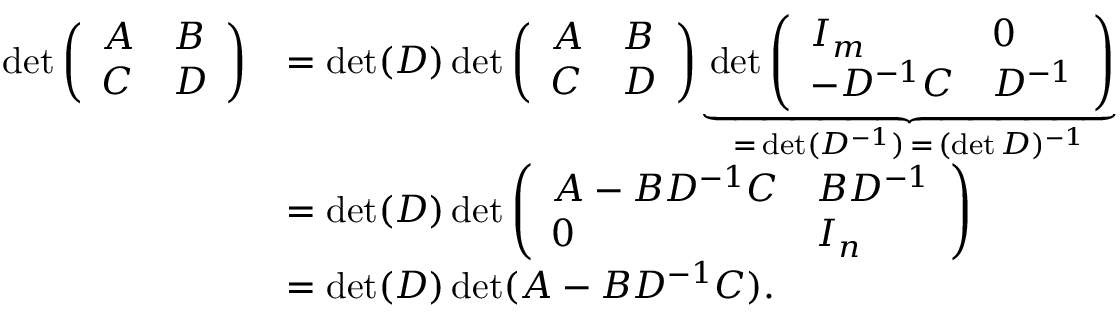
{ \begin{array} { r l } { \operatorname* { d e t } { \left( \begin{array} { l l } { A } & { B } \\ { C } & { D } \end{array} \right) } } & { = \operatorname* { d e t } ( D ) \operatorname* { d e t } { \left( \begin{array} { l l } { A } & { B } \\ { C } & { D } \end{array} \right) } \underbrace { \operatorname* { d e t } { \left( \begin{array} { l l } { I _ { m } } & { 0 } \\ { - D ^ { - 1 } C } & { D ^ { - 1 } } \end{array} \right) } } _ { = \, \operatorname* { d e t } ( D ^ { - 1 } ) \, = \, ( \operatorname* { d e t } D ) ^ { - 1 } } } \\ & { = \operatorname* { d e t } ( D ) \operatorname* { d e t } { \left( \begin{array} { l l } { A - B D ^ { - 1 } C } & { B D ^ { - 1 } } \\ { 0 } & { I _ { n } } \end{array} \right) } } \\ & { = \operatorname* { d e t } ( D ) \operatorname* { d e t } ( A - B D ^ { - 1 } C ) . } \end{array} }